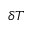
\delta T